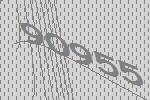
90955